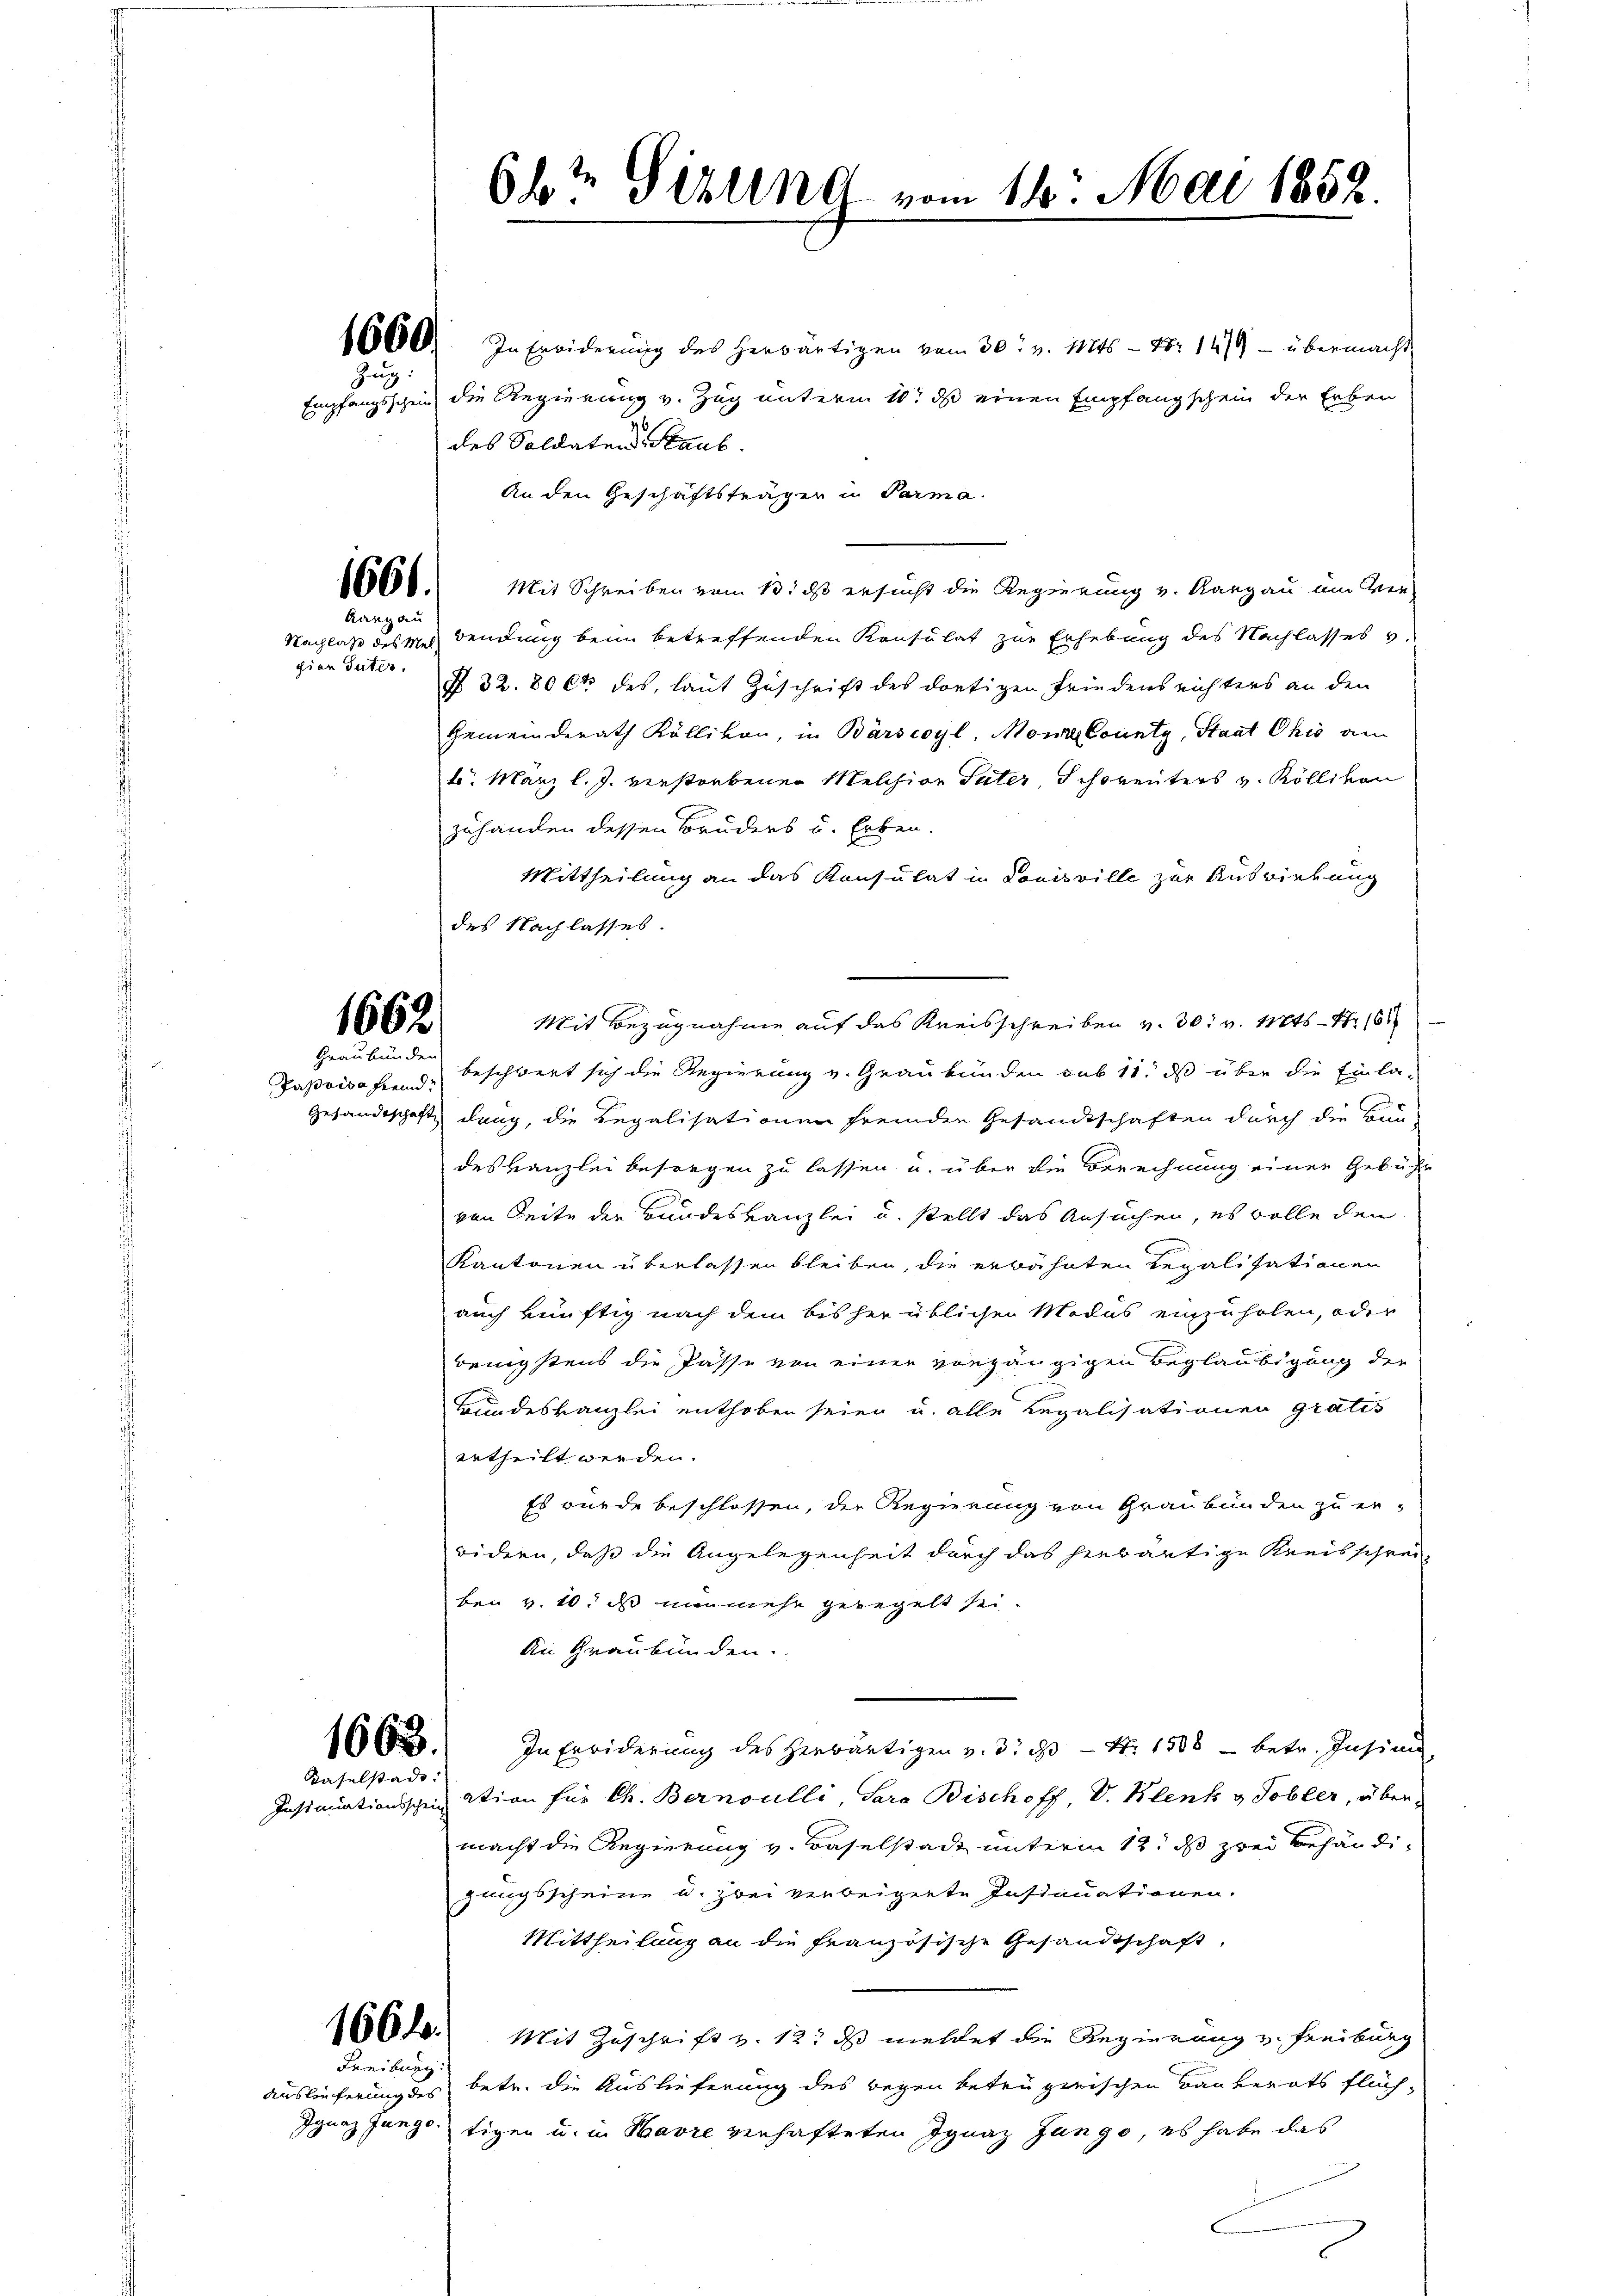
Zug

Aargau

Nachlaß des Mel
pian Suter.

1663.

Graubünden
Pasoisa fremd.

Kaselstadt.

Freibung:

662 Sizung vom 14. Mai 1852.

1600. In Erwiderŭng des herwärtigen vom 30. v. Mts - Xr 1479 - übermacht
Empfangsschein die Regierung v. Zug unterm 10t ds einen Empfangschein der Erber
des Soldaten Staub
An den Geschäftsträger in Parma.
188888. Mit Schreiben vom 13. ds ersucht die Regierung v. Aargau um Ver-
wendung beim betreffenden Konsulat zur Erhebung des Nachlasses v.
§ 32. 80 Ct. des, laut Zuschrift des dortigen Friedensrichters an den
Gemeinderath Köllikon, in Bärscoyl, Mone County, Staat Chio an
b. März l. J. verstorbenen Melchior Suter, Schorenters v. Köllikon
zuhänden dessen Bruders u. Erben.
Mittheilung an das Konsulat in Louisville zur Ausriebung
des Nachlasses.
Mit Bezugnahme auf das Kreisschreiben v. 30. v. Mts. Nr. 161
beschwert sich die Regierung v. Graubünden sub 11. ds über die Einla-
Gesandtschaft dung, die Regalisationen fremden Gesandtschaften durch die Bun-
deskanzlei besorgen zu lassen u. über die Berechnung einer Gebühr
von Seite der Bundeskanzlei u. stellt das Ansuchen, es wolle den
Kantonen überlassen bleiben, die erwähnten Regalisationen
auch künftig nach dem bisher üblichen Modus einzuholen, oder
wenigstens die Pässe von einer vorgängigen Beglaubigung der
Grundeskanzlei enthoben seien u. alle Legalisationen gratis
ertheilt werden.
Es wurde beschlossen, der Regierung von Graubünden zu er
bidern, daß die Angelegenheit durch das herwärtige Kreisschrei-
ben v. 10. ds nunmehr geregelt sei.
An Graubünden.
1663.) In Erwiderung des herwärtigen v. 3. ds - 4. 1508 - betr. Insinu
Insinuationsscheination für Ch. Bernoulli, Sara Bischoff V. Klenk & Tobler, über-
macht die Regierung v. Baselstadt unterm 12. ds zwei Behändigungsscheine u. zwei verbeigerte Insinuationen.
Mittheilung an die Französische Gesandtschaft,
04. Mit Zuschrift v. 12. ds mehret die Regierung v. Freiburg
Auslieferung des betr. die Auslieferung des wegen betrügerischen Bauberats flüch¬
Ignaz Junge, tigen u. in Havre verhafteten Ignaz Zango, es habe das